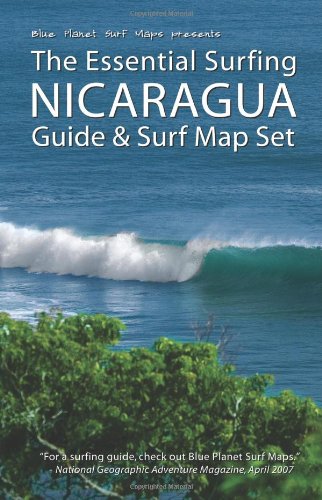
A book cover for The Essential Surfing NICARAGUA Guide & Surf Map Set; Blue Planet Surf Maps; Travel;